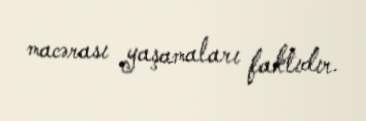
macərası yaşamaları faktıdır.